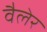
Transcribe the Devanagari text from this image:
वैलेर